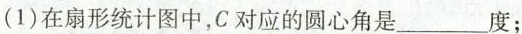
(1)在扇形统计图中,C对应的圆心角是___度：